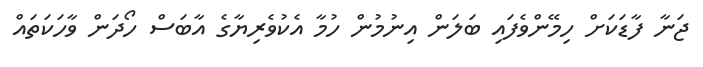
ޖަނާ ފާޑަކަށް ހިމޭންވެފައި ބަލަން އިނުމުން ހުމާ އެކުވެރިޔާގެ އާބަސް ހޯދަން ވާހަކަތައް